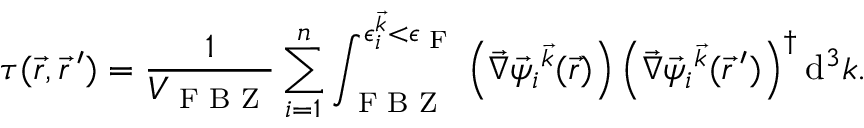
\boldsymbol { \tau } ( \vec { r } , \vec { r } \, ^ { \prime } ) = \frac { 1 } { V _ { \textrm { F B Z } } } \sum _ { i = 1 } ^ { n } \int _ { \textrm { F B Z } } ^ { \epsilon _ { i } ^ { \vec { k } } < \epsilon _ { \textrm { F } } } \left( \vec { \nabla } \vec { \psi } _ { i } { ^ { \vec { k } } } ( \vec { r } ) \right) \left( \vec { \nabla } \vec { \psi } _ { i } { ^ { \vec { k } } } ( \vec { r } \, ^ { \prime } ) \right) ^ { \dagger } \mathrm { d } ^ { 3 } k .